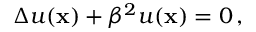
\Delta u ( { \bf x } ) + \beta ^ { 2 } u ( { \bf x } ) = 0 \, ,